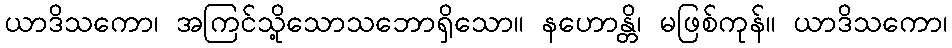
ယာဒိသကော၊ အကြင်သို့သောသဘောရှိသော။ နဟောန္တိ၊ မဖြစ်ကုန်။ ယာဒိသကော၊